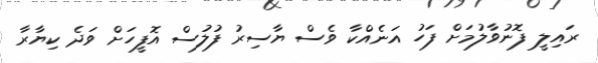
ރައިލީ ފޮނުވާލުމަށް ފަހު އަނެއްކާ ވެސް ޔާސިރު ފުލުސް އޮފީހަށް ވަދެ ކިޔާރާ